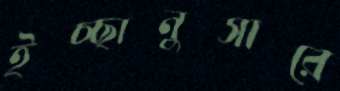
ইচ্ছানুসারে